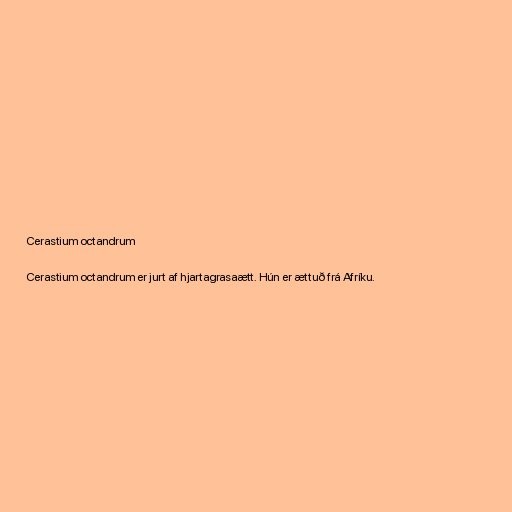
Cerastium octandrum

Cerastium octandrum er jurt af hjartagrasaætt. Hún er ættuð frá Afríku.